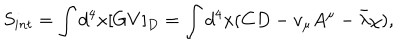
S _ { i n t } = \int d ^ { 4 } x [ G V ] _ { D } = \int d ^ { 4 } x ( C D - v _ { \mu } A ^ { \mu } - \bar { \lambda } \chi ) ,